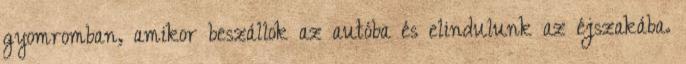
gyomromban, amikor beszállok az autóba és elindulunk az éjszakába.